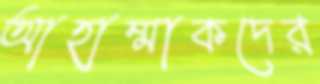
আহাম্মাকদের